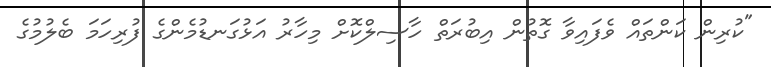
"ކުރިން ކަންތައް ވެފައިވާ ގޮތުން އިބުރަތް ހާސިލްކޮށް މިހާރު އަޅުގަނޑުމެންގެ ފުރިހަމަ ބެލުމުގެ